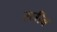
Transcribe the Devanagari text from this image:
रघीब